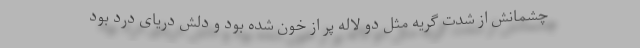
چشمانش از شدت گریه مثل دو لاله پر از خون شده بود و دلش دریای درد بود